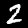
Label: 2